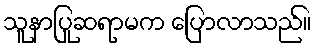
သူနာပြုဆရာမက ပြောလာသည်။